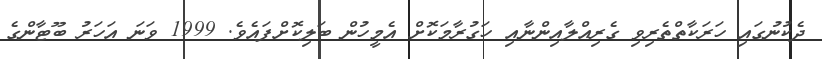
ދެކުނުގައި ހަރަކާތްތެރިވި ގެރިއްލާއިންނާއި ހަގުރާމަކޮށް އެެމީހުން ބަލިކޮށްފައެވެ. 1999 ވަނަ އަހަރު ބޫޓާންގެ